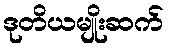
ဒုတိယမျိုးဆက်